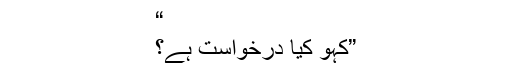
“
”کہو کیا درخواست ہے؟